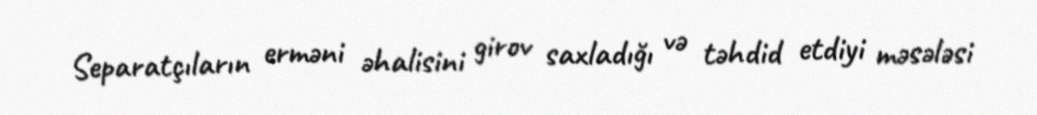
Separatçıların erməni əhalisini girov saxladığı və təhdid etdiyi məsələsi